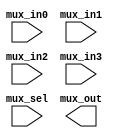
// This program was cloned from: https://github.com/intel/aib-phy-hardware
// License: Apache License 2.0

// SPDX-License-Identifier: Apache-2.0
// Copyright (C) 2019 Intel Corporation. All rights reserved
//****************************************************************************************
//  2011 Altera Corporation. All rights reserved.
//
//****************************************************************************************

//------------------------------------------------------------------------
// Description: standard 4 to 1 mux
//
//------------------------------------------------------------------------

module altr_hps_mux41
    (
    input  wire              mux_in0,     // mux in 0
    input  wire              mux_in1,     // mux in 1
    input  wire              mux_in2,     // mux in 1
    input  wire              mux_in3,     // mux in 1
    input  wire [1:0]        mux_sel,     // mux selector
    output wire             mux_out      // mux out
     );

`ifdef ALTR_HPS_INTEL_MACROS_OFF
    assign mux_out = mux_sel[1] ? 
            mux_sel[0] ? mux_in3 : mux_in2 :
            mux_sel[0] ? mux_in1 : mux_in0;
`else
`endif

endmodule // altr_hps_mux41